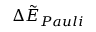
\Delta \tilde { E } _ { P a u l i }